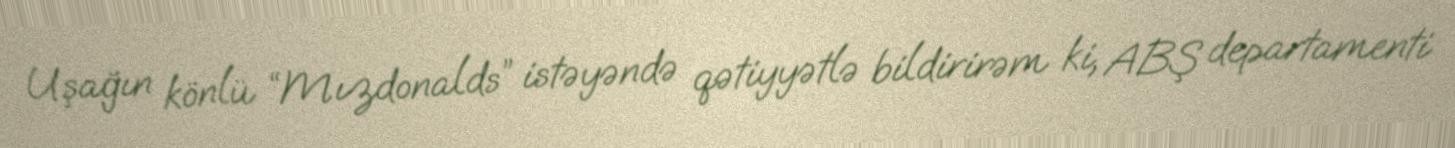
Uşağın könlü “Mızdonalds” istəyəndə qətiyyətlə bildirirəm ki, ABŞ departamenti